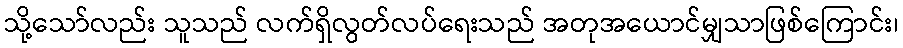
သို့သော်လည်း သူသည် လက်ရှိလွတ်လပ်ရေးသည် အတုအယောင်မျှသာဖြစ်ကြောင်း၊